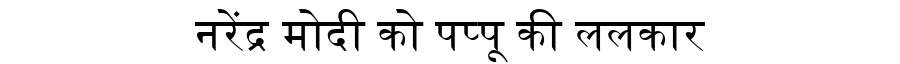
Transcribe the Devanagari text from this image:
नरेंद्र मोदी को पप्पू की ललकार